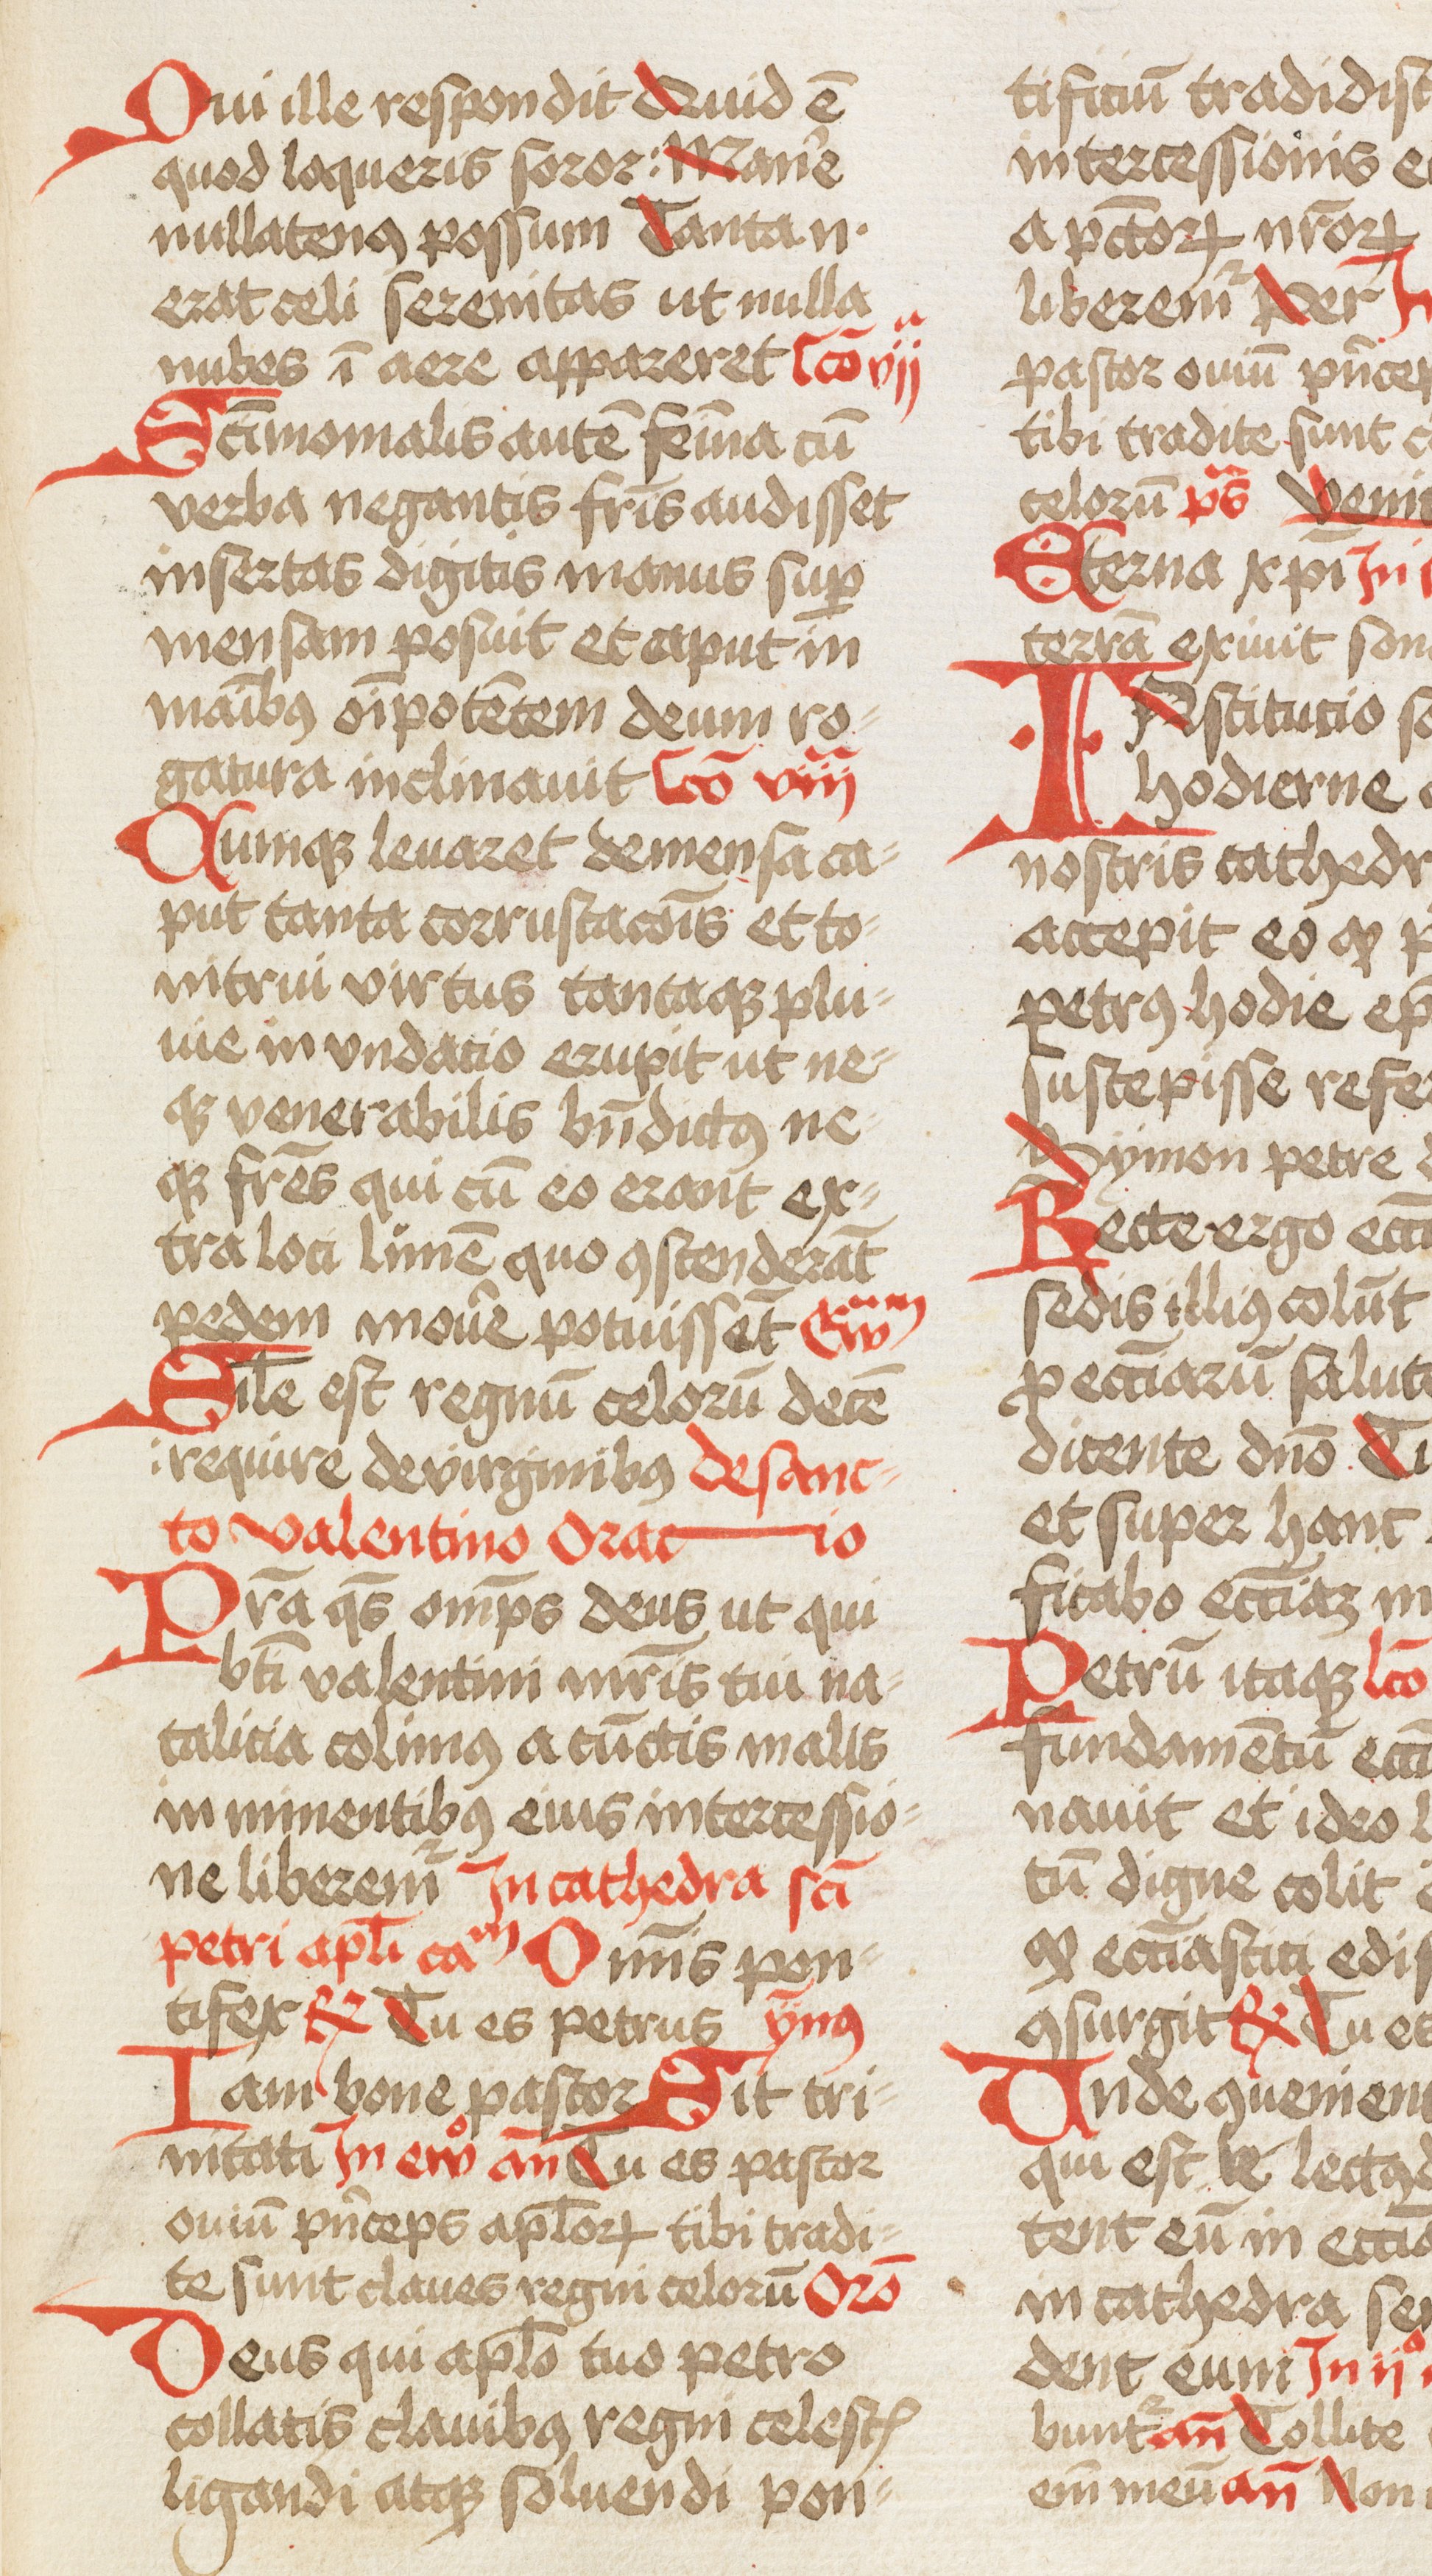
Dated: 1466–1466